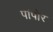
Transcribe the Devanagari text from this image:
पांपोर